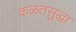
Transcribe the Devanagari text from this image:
कळतसुद्धा